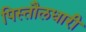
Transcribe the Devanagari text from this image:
पिस्तौलधारी